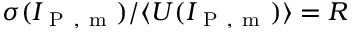
\sigma ( I _ { \mathrm { ~ P ~ , ~ m ~ } } ) / \langle U ( I _ { \mathrm { ~ P ~ , ~ m ~ } } ) \rangle = R